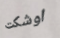
اوشكت